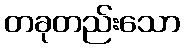
တခုတည်းသော